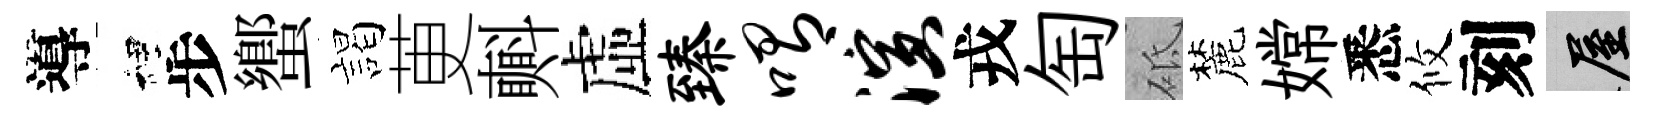
導裡步蠁謁茰㪺虛臻喟演戎匋砥麓嫦悉攸刻屋